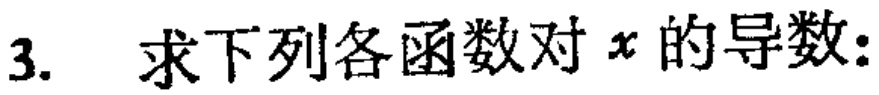
3. 求下列各函数对\(x\)的导数: